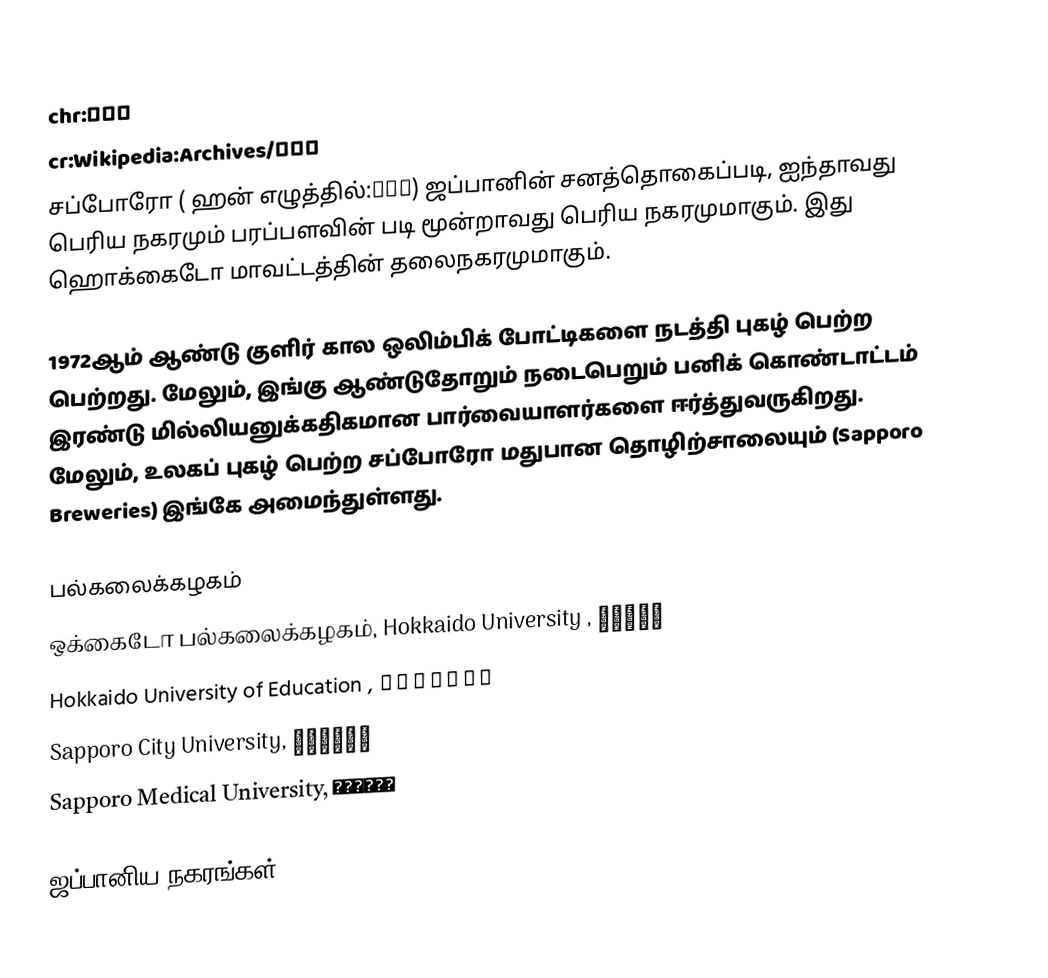
chr:ᏌᏉᏬ
cr:Wikipedia:Archives/ᓴᐳᐅ
சப்போரோ ( ஹன் எழுத்தில்:札幌市) ஜப்பானின் சனத்தொகைப்படி, ஐந்தாவது பெரிய  நகரமும் பரப்பளவின் படி மூன்றாவது பெரிய நகரமுமாகும். இது ஹொக்கைடோ மாவட்டத்தின் தலைநகரமுமாகும்.

1972ஆம் ஆண்டு குளிர் கால  ஒலிம்பிக் போட்டிகளை நடத்தி புகழ் பெற்ற பெற்றது. மேலும், இங்கு ஆண்டுதோறும் நடைபெறும் பனிக் கொண்டாட்டம் இரண்டு மில்லியனுக்கதிகமான பார்வையாளர்களை ஈர்த்துவருகிறது. மேலும், உலகப் புகழ் பெற்ற சப்போரோ மதுபான தொழிற்சாலையும் (Sapporo Breweries) இங்கே அமைந்துள்ளது.

பல்கலைக்கழகம்
 ஒக்கைடோ பல்கலைக்கழகம், Hokkaido University , 北海道大学
 Hokkaido University of Education , 北海道教育大学
 Sapporo City University, 札幌市立大学
 Sapporo Medical University, 札幌医科大学

ஜப்பானிய நகரங்கள்